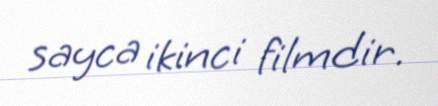
sayca ikinci filmdir.